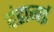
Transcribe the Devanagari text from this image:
दंडानई